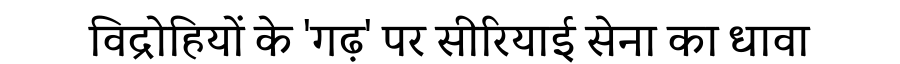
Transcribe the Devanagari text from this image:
विद्रोहियों के 'गढ़' पर सीरियाई सेना का धावा